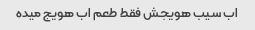
اب سیب هویجش فقط طعم اب هویج میده